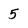
Character: 5